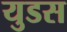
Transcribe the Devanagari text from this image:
युडस